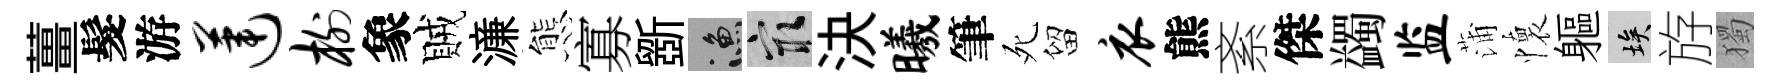
薑髮游莲榭象賊濓態寡斵漁冣決曦筆死留衣熊紊傑蠲监蒲懷軀埃斿獨